Lunatic asylums in Bengal annual reports 1899-1911 - 1899-1911
Year: 1899
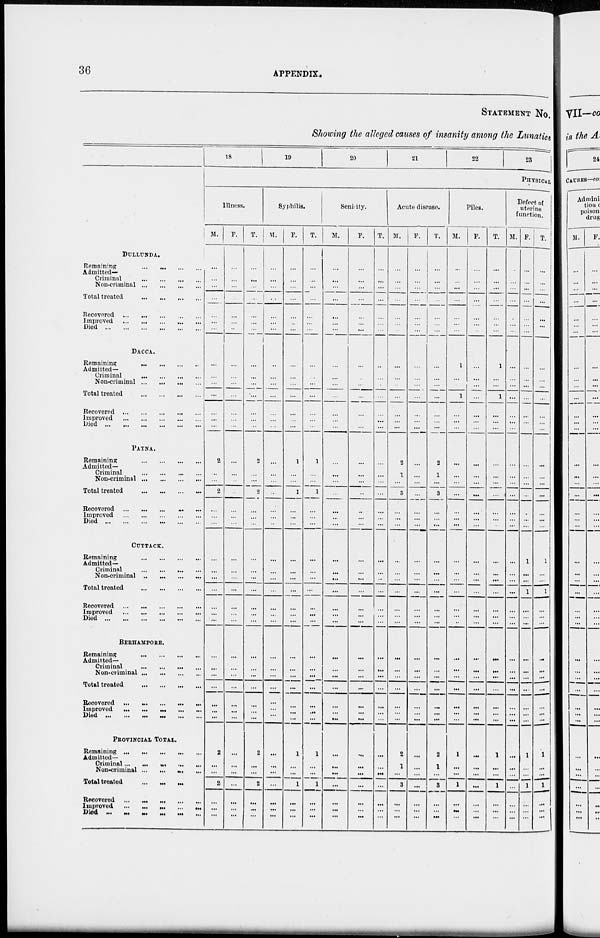
36
APPENDIX.
STATEMENT NO.
Showing the alleged causes of insanity among the Lunatics
DULLUNDA.
Remaining
...
...
...
...
Admitted—
Criminal
...
...
...
...
Non-criminal ... ... ... ...
Total treated
...
...
...
...
Recovered
...
...
...
...
Improved
...
...
...
...
Died
...
...
...
...
...
DACCA.
Remaining
...
...
...
...
Admitted—
Criminal ... ... ... ...
Non-criminal
...
...
...
...
Total treated
...
...
...
...
Recovered
...
...
...
...
Improved
...
...
...
...
Died
...
...
...
...
...
PATNA.
Remaining
...
...
...
...
Admitted—
Criminal
...
...
...
...
Non-criminal ... ... ... ...
Total treated
...
...
...
...
Recovered
...
...
...
...
Improved
...
...
...
...
Died
...
...
...
...
...
CUTTACK.
Remaining
...
...
...
...
Admitted—
Criminal
...
...
...
...
Non-criminal ... ... ... ...
Total treated
...
...
...
...
Recovered
...
...
...
...
Improved
...
...
...
...
Died
...
...
...
...
BERHAMPORE.
Remaining
...
...
...
...
Admitted—
Criminal
...
...
...
...
Non-criminal ... ... ... ...
Total treated
...
...
...
...
Recovered ...
...
...
...
...
Improved
...
...
...
...
Died
...
...
...
...
PROVINCIAL TOTAL.
Remaining
...
...
...
...
Admitted—
Criminal
...
...
...
...
Non-criminal ... ... ... ...
Total treated ... ... ... ...
Recovered
...
...
...
...
Improved
...
...
...
...
Died ... ... ... ... ... ...
18
19
20
21
22
23
PHYSICAL
Illness.
M.
...
...
...
...
...
...
...
...
...
...
...
...
...
...
2
...
...
2
...
...
...
...
...
...
...
...
...
...
...
...
...
...
...
...
...
2
...
...
2
...
...
...
F.
...
...
...
...
...
...
...
...
...
...
...
...
...
...
...
...
...
...
...
...
...
...
...
...
...
...
...
...
...
...
...
...
...
...
...
...
...
...
...
...
...
...
T.
...
...
...
...
...
...
...
...
...
...
...
...
...
...
2
...
...
2
...
...
...
...
...
...
...
...
...
...
...
...
...
...
...
...
2
...
...
2
...
...
...
Syphilis.
M.
...
...
...
...
...
...
...
...
...
...
...
...
...
...
...
...
...
...
...
...
...
...
...
...
...
...
...
...
...
...
...
...
...
...
...
...
...
...
...
...
...
...
F.
...
...
...
...
...
...
...
...
...
...
...
...
...
...
1
...
...
1
...
...
...
...
...
...
...
...
...
...
...
...
...
...
...
...
...
1
...
...
1
...
...
...
T.
...
...
...
...
...
...
...
...
...
...
...
...
...
...
1
...
...
1
...
...
...
...
...
...
...
...
...
...
...
...
...
...
...
...
...
1
...
...
1
...
...
...
Senility.
M.
...
...
...
...
...
...
...
...
...
...
...
...
...
...
...
...
...
...
...
...
...
...
...
...
...
...
...
...
...
...
...
...
...
...
...
...
...
...
...
...
...
...
F.
...
...
...
...
...
...
...
...
...
...
...
...
...
...
...
...
...
...
...
...
...
...
...
...
...
...
...
...
...
...
...
...
...
...
...
...
...
...
...
...
...
...
T.
...
...
...
...
...
...
...
...
...
...
...
...
...
...
...
...
...
...
...
...
...
...
...
...
...
...
...
...
...
...
...
...
...
...
...
...
...
...
...
...
...
...
Acute disease.
M.
...
...
...
...
...
...
...
...
...
...
...
...
...
...
2
1
...
3
...
...
...
...
...
...
...
...
...
...
...
...
...
...
...
...
...
2
1
...
3
...
...
...
F.
...
...
...
...
...
...
...
...
...
...
...
...
...
...
...
...
...
...
...
...
...
...
...
...
...
...
...
...
...
...
...
...
...
...
...
...
...
...
...
...
...
...
T.
...
...
...
...
...
...
...
...
...
...
...
...
...
...
2
1
...
3
...
...
...
...
...
...
...
...
...
...
...
...
...
...
...
...
...
2
1
...
3
...
...
...
Piles.
M.
...
...
...
...
...
...
...
1
...
...
1
...
...
...
...
...
...
...
...
...
...
...
...
...
...
...
...
...
...
...
...
...
...
...
...
1
...
...
1
...
...
...
F.
...
...
...
...
...
...
...
...
...
...
...
...
...
...
...
...
...
...
...
...
...
...
...
...
...
...
...
...
...
...
...
...
...
...
...
...
...
...
...
...
...
...
T.
...
...
...
...
...
...
...
1
...
...
1
...
...
...
...
...
...
...
...
...
...
...
...
...
...
...
...
...
...
...
...
...
...
...
...
1
...
...
1
...
...
...
Defect of
uterine
function.
M.
...
...
...
...
...
...
...
...
...
...
...
...
...
...
...
...
...
...
...
...
...
...
...
...
...
...
...
...
...
...
...
...
...
...
...
...
...
...
...
...
...
...
F.
...
...
...
...
...
...
...
...
...
...
...
...
...
...
...
...
...
...
...
...
...
...
1
...
...
1
...
...
...
...
...
...
...
...
...
1
...
...
1
...
...
...
T.
...
...
...
...
...
...
...
...
...
...
...
...
...
...
...
...
...
...
...
...
...
...
1
...
...
1
...
...
...
...
...
...
...
...
...
1
...
...
1
...
...
...